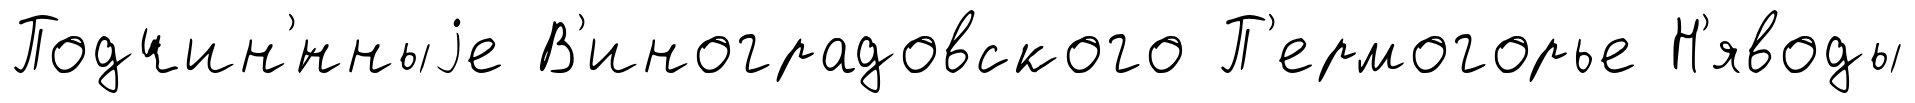
Подчин'́нныjе В'иноградовского П'ермогорье Н'яводы